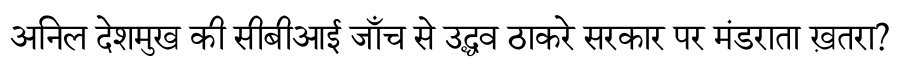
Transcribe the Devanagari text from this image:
अनिल देशमुख की सीबीआई जाँच से उद्धव ठाकरे सरकार पर मंडराता ख़तरा?